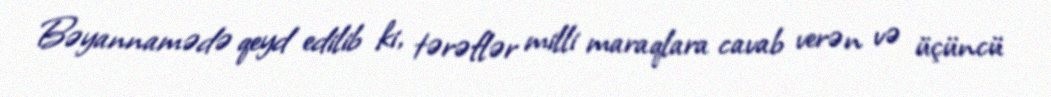
Bəyannamədə qeyd edilib ki, tərəflər milli maraqlara cavab verən və üçüncü